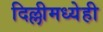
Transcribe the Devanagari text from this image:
दिल्लीमध्येही